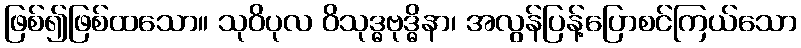
ဖြစ်၍ဖြစ်ထသော။ သုဝိပုလ ဝိသုဒ္ဓဗုဒ္ဓိနာ၊ အလွန်ပြန့်ပြောစင်ကြယ်သော